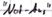
Text: "Not-Aus"